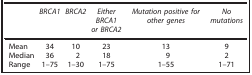
|  | BRCA1 | BRCA2 | Either BRCA1 or BRCA2 | Mutation positive for other genes | No mutations |
 | --- | --- | --- | --- | --- | --- |
 | Mean | 34 | 10 | 23 | 13 | 9 |
 | Median | 36 | 2 | 18 | 9 | 2 |
 | Range | 1–75 | 1–30 | 1–75 | 1–55 | 1–71 |